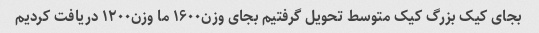
بجای کیک بزرگ کیک متوسط تحویل گرفتیم بجای وزن۱۶۰۰ ما وزن۱۲۰۰ دریافت کردیم